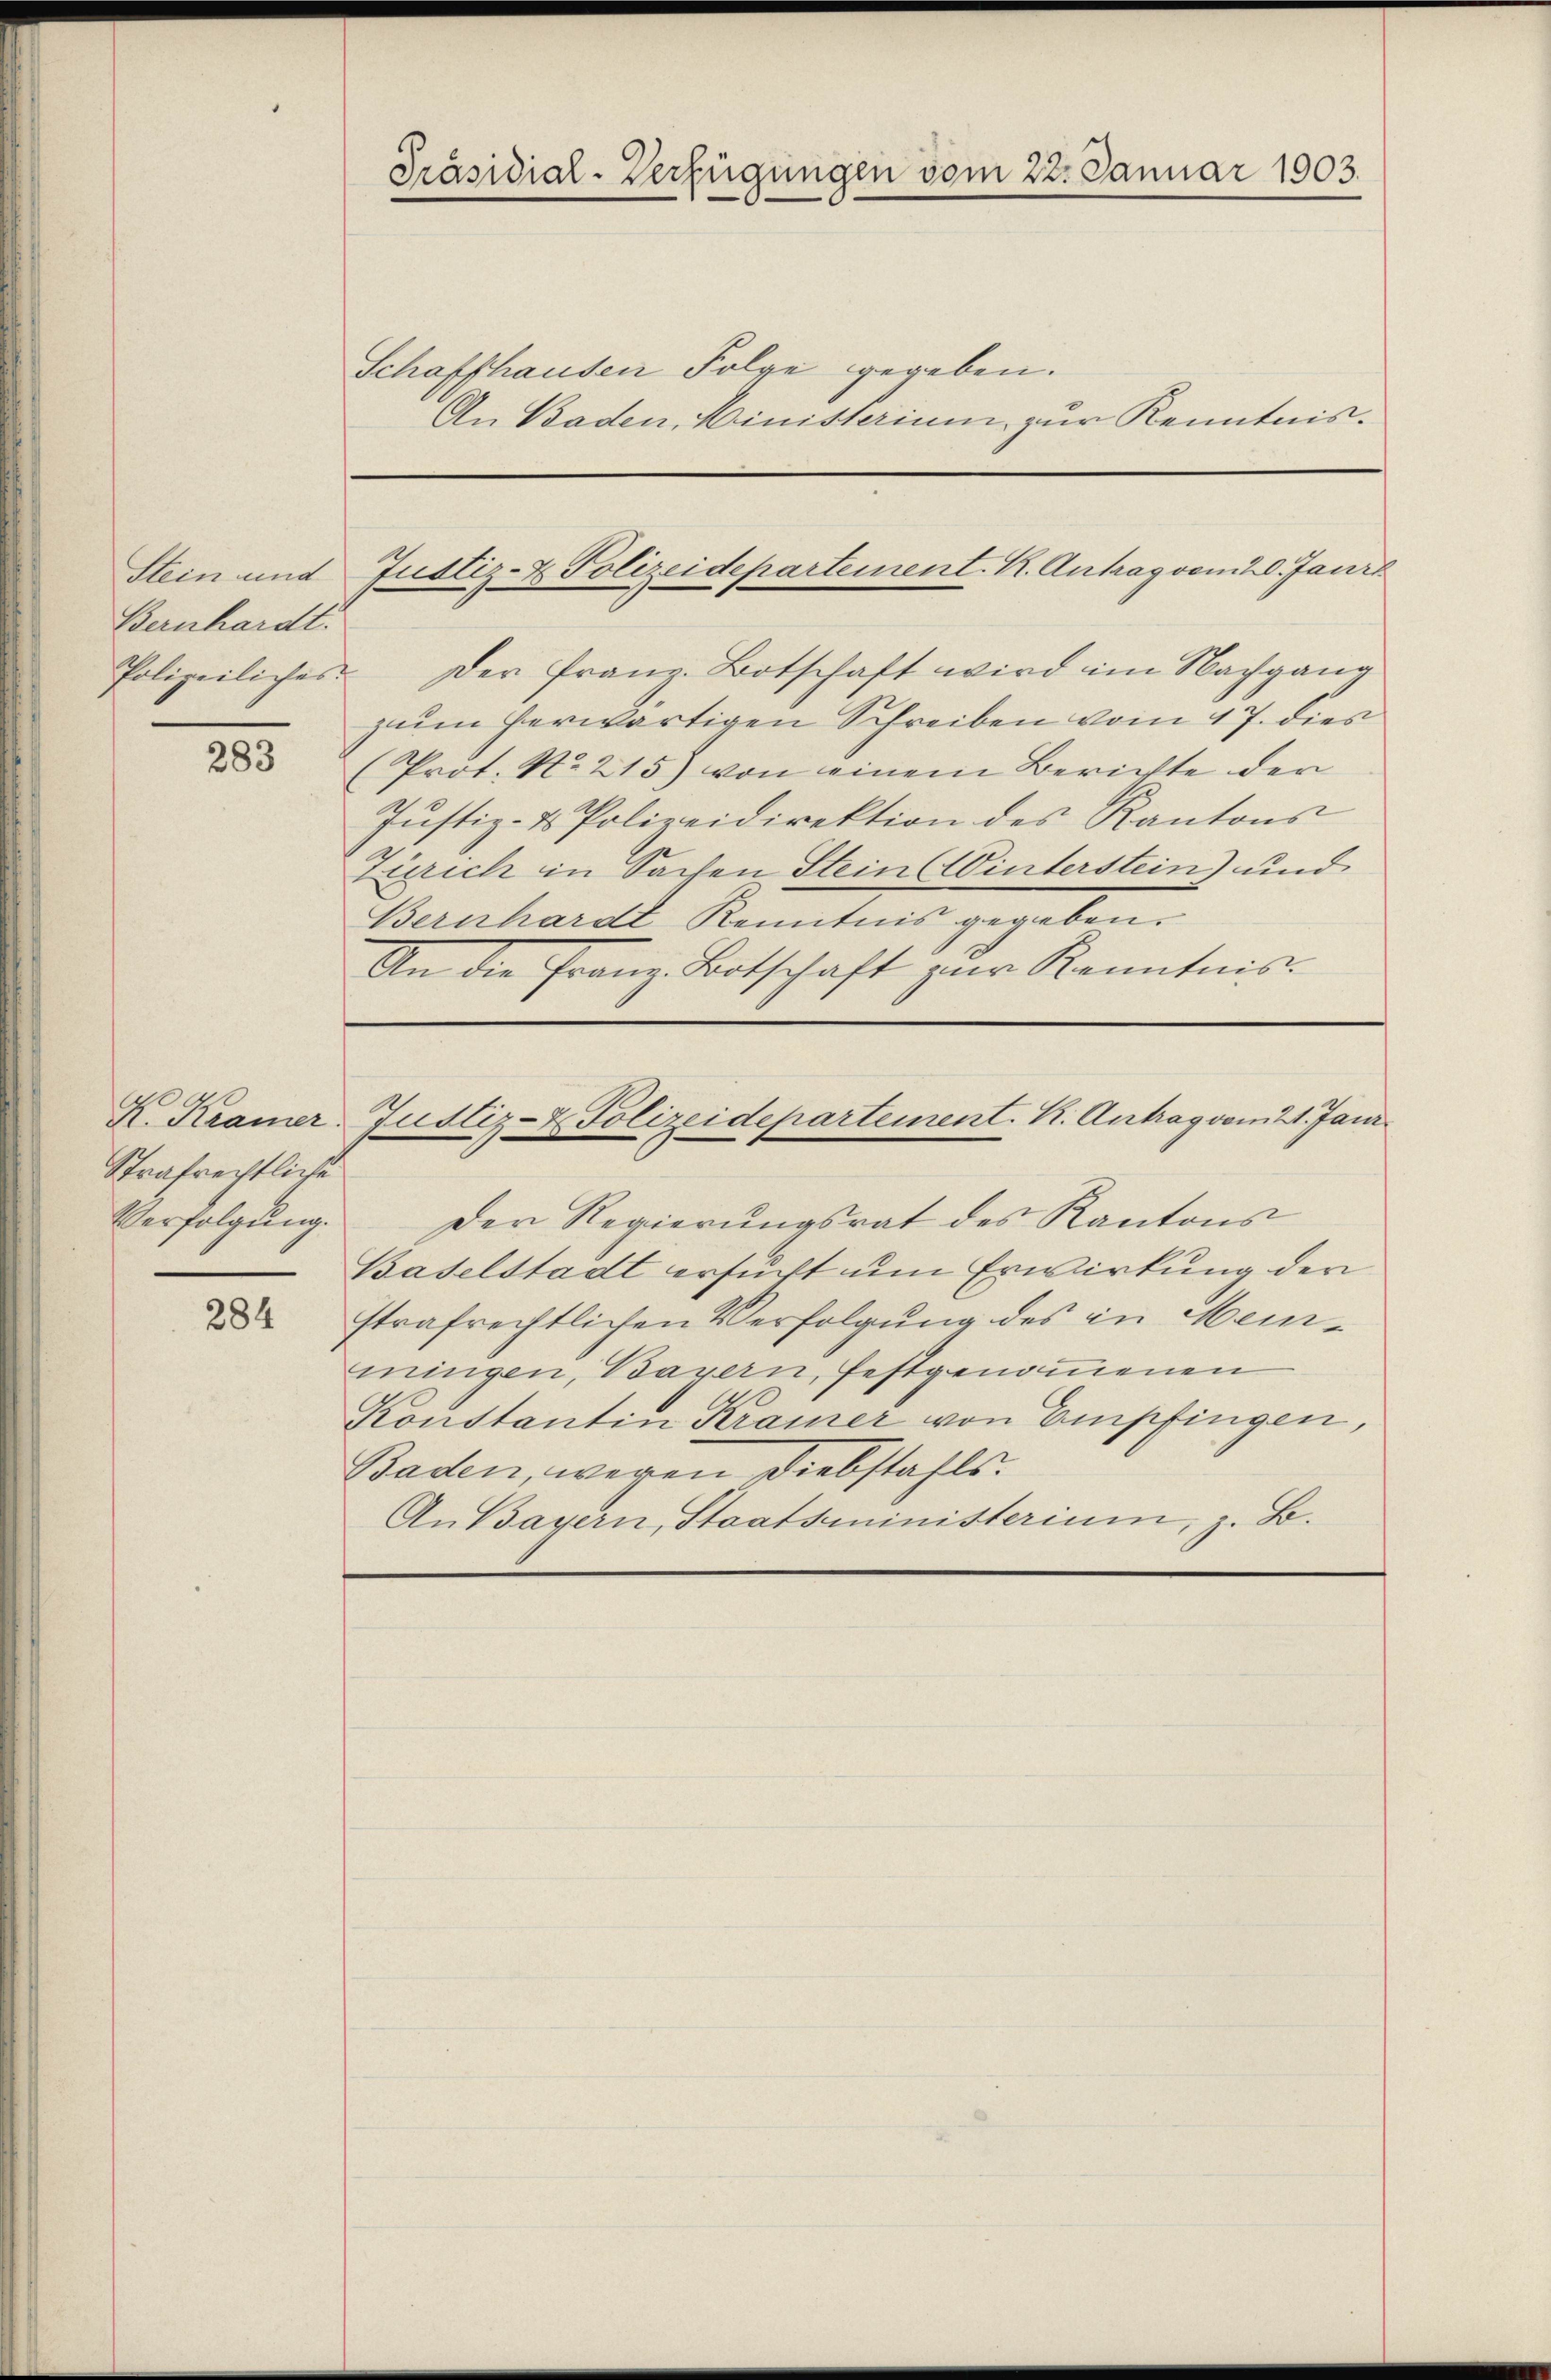
Stein und
Bernhardt.

283

Strafrechtliche
Verfolgung.

284

Präsidial-Verfügungen vom 22. Januar 1903.

Schaffhausen Folge gegeben.
An Baden, Ministerium zur Kenntnis.

Polizeiliches. Der franz. Botschaft wird im Nachgang
zuum herwärtigen Schreiben vom 17. dies
(Prot. No. 215) von einem Berichte der
Jŭstiz- & Polizeidirektion des Kantons
Zürich in Sachen Stein Winterstein) und
Bernhard Kenntnis gegeben.
An die Franz Botschaft zur Kenntnis-

Justiz- & Polizeidepartement. K. Antrag vom 20. Janr

Der Regierŭngsrat des Kantons
Baselstadt ersucht um Erwirkung der
strafrechtlichen Verfolgung des in Meimingen, Bayern, festgenommenen
Konstantin Kramer von Empfingen,
Baden, wegen Diebstahls.
An Bayern, Staatsministerium, z. B.

K. Kramer Justiz- & Polizeidepartement. K. Antrag vom 21. Jani